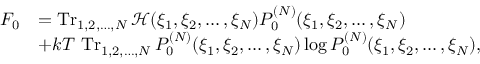
{ \begin{array} { r l } { F _ { 0 } } & { = \operatorname { T r } _ { 1 , 2 , \ldots , N } { \mathcal { H } } ( \xi _ { 1 } , \xi _ { 2 } , \ldots , \xi _ { N } ) P _ { 0 } ^ { ( N ) } ( \xi _ { 1 } , \xi _ { 2 } , \ldots , \xi _ { N } ) } \\ & { + k T \, \operatorname { T r } _ { 1 , 2 , \ldots , N } P _ { 0 } ^ { ( N ) } ( \xi _ { 1 } , \xi _ { 2 } , \ldots , \xi _ { N } ) \log P _ { 0 } ^ { ( N ) } ( \xi _ { 1 } , \xi _ { 2 } , \ldots , \xi _ { N } ) , } \end{array} }